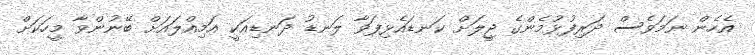
އެހެން ނަމަވެސް ދަރިފުޅުމެންގެ ޖީލަށް ކަނޑައެޅިފަވާ ލަނޑު ދަނޑިއަކީ އަމިއްލައަށް ބޭނުންވާ މީހަކަށް